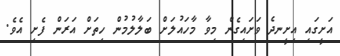
އަށީގައި އިށީނދެ ވަށައިގެން މިވާ މާހައުލަށް ބަލާލުމުން ހިތަށް އަރަން ފެށި އެވެ.